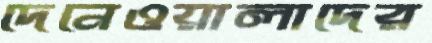
দেনেওয়ালাদের